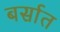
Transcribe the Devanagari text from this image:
बर्सात